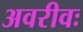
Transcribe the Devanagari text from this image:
अवरीवः